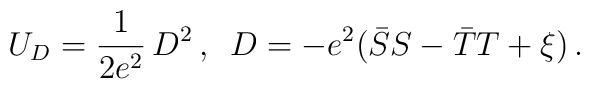
U_D = \frac{1}{2e^2}\,D^2\, , \,\,\,  D=-e^2 (\bar S S-\bar T T +\xi) \, .